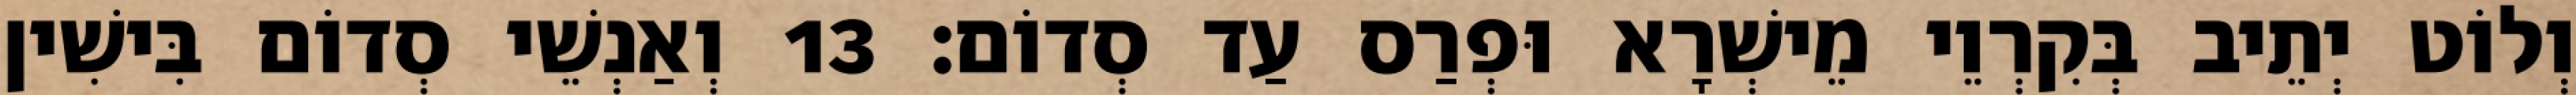
וְלוֹט יְתֵיב בְּקִרְוֵי מֵישְׁרָא וּפְרַס עַד סְדוֹם׃ 13 וְאַנְשֵׁי סְדוֹם בִּישִׁין